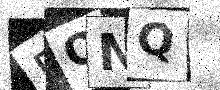
Text: 5ONQ